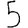
Digit: 5